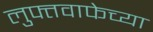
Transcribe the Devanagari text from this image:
लुफ्तवाफेच्या